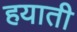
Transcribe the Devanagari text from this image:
हयाती